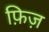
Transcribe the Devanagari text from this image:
फ़िज़